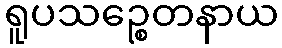
ရူပသဉ္စေတနာယ